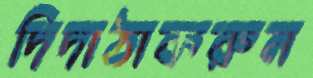
দিদাঠাকরুন